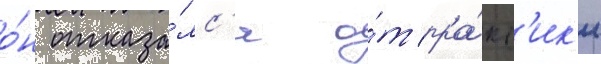
о́н отказа́лс'я о́т пра́кт'ик'и